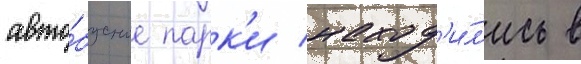
авто́бусные парк'и наход'и́л'ись в